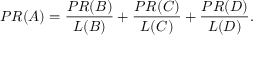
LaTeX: P R ( A ) = { \frac { P R ( B ) } { L ( B ) } } + { \frac { P R ( C ) } { L ( C ) } } + { \frac { P R ( D ) } { L ( D ) } } .